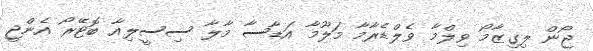
ޖޯން ލިގިޒާމޯ ވިލްމާ ވެލްޑެރާމާ މަލޫމާ އަޑާސާ މާލާ ސިސީލިއާ ބޮޓޭރޯ އެންޖީ